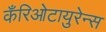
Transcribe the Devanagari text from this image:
कँरिओटायुरेन्स